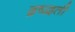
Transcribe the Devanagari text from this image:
द्रष्द्वती